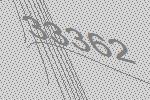
33362